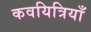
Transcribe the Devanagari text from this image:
कवयित्रियाँ